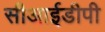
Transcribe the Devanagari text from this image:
सीआईडीपी